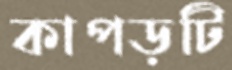
কাপড়টি